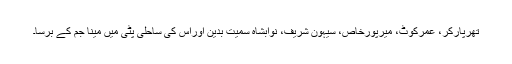
تھرپارکر، عمرکوٹ، میرپورخاص، سیہون شریف، نوابشاہ سمیت بدین اوراس کی ساحلی پٹی میں مینا جم کے برسا۔